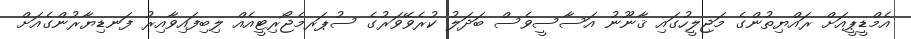
އެމްޑީޕީއަށް ރައްޔިތުންގެ މަޖިލީހުގައި ޤާނޫނު އަސާސީވެސް ބަދަލު ކުރެވޭވަރުގެ ސުޕަރމެޖޯރިޓީއެއް ލިބިފައިވާއިރު ފަނޑިޔާރުންގެއަށް